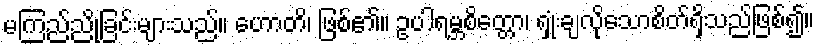
မကြည်ညိုခြင်းများသည်။ ဟောတိ၊ ဖြစ်၏။ ဥပါရမ္ဘစိတ္တော၊ ရှုံးချလိုသောစိတ်ရှိသည်ဖြစ်၍။